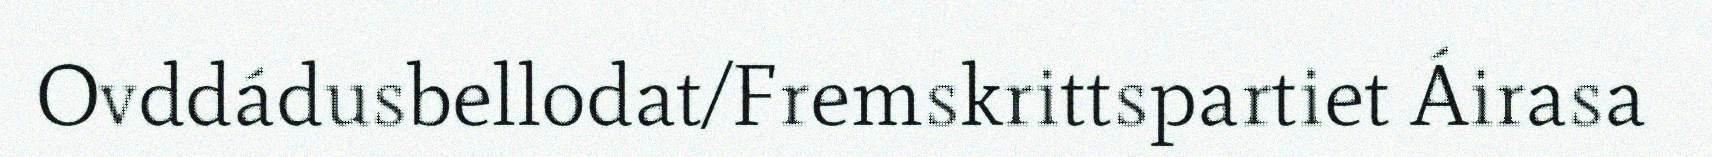
Ovddádusbellodat/Fremskrittspartiet Áirasa